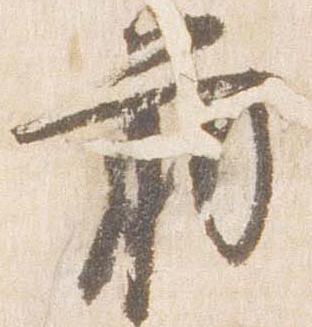
前